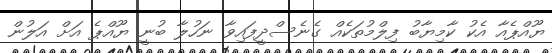
ޔޫއްޕެއާ އެކު ކާމިޔާބު ފިލްމުތަކެއް ގެނެސްދީފައިވާ ނަހުލާ ބުނީ ޔޫއްޕެ އަށް އަލުން